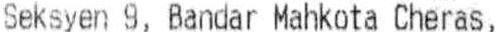
SEKSYEN 9, BANDAR MAHKOTA CHERAS,